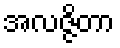
အလဇ္ဇိတာ